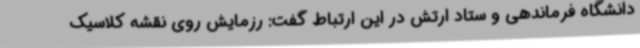
دانشگاه فرماندهی و ستاد ارتش در این ارتباط گفت: رزمایش روی نقشه کلاسیک